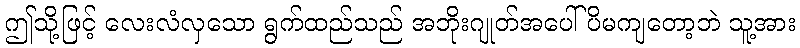
ဤသို့ဖြင့် လေးလံလှသော ရွက်ထည်သည် အဘိုးဂျုတ်အပေါ် ပိမကျတော့ဘဲ သူ့အား